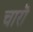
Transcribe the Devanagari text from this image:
चारॊ